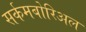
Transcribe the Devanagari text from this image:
सर्कमबोरिअल